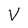
Character: V